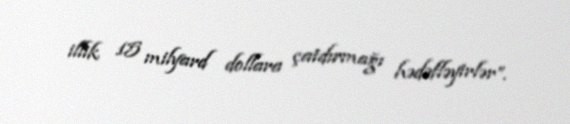
illik 15 milyard dollara çatdırmağı hədəfləyirlər”.